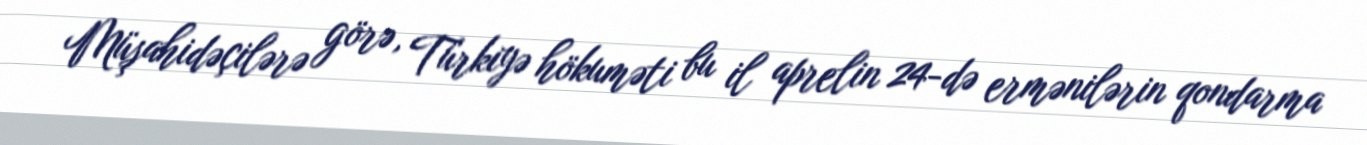
Müşahidəçilərə görə, Türkiyə hökuməti bu il aprelin 24-də ermənilərin qondarma